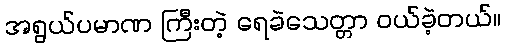
အရွယ်ပမာဏ ကြီးတဲ့ ရေခဲသေတ္တာ ဝယ်ခဲ့တယ်။